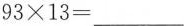
$$93\times 13=___$$